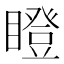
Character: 瞪